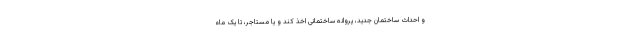
و احداث ساختمان جدید، پروانه ساختمانی اخذ کند و یا مستاجر، تا یک ماه